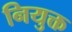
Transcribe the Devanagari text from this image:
नियुक्त